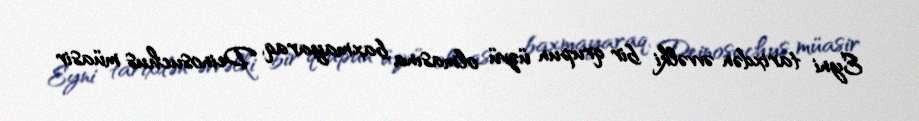
Eyni tarixdən əvvəlki bir qrupun üzvü olmasına baxmayaraq, Deinosuchus müasir